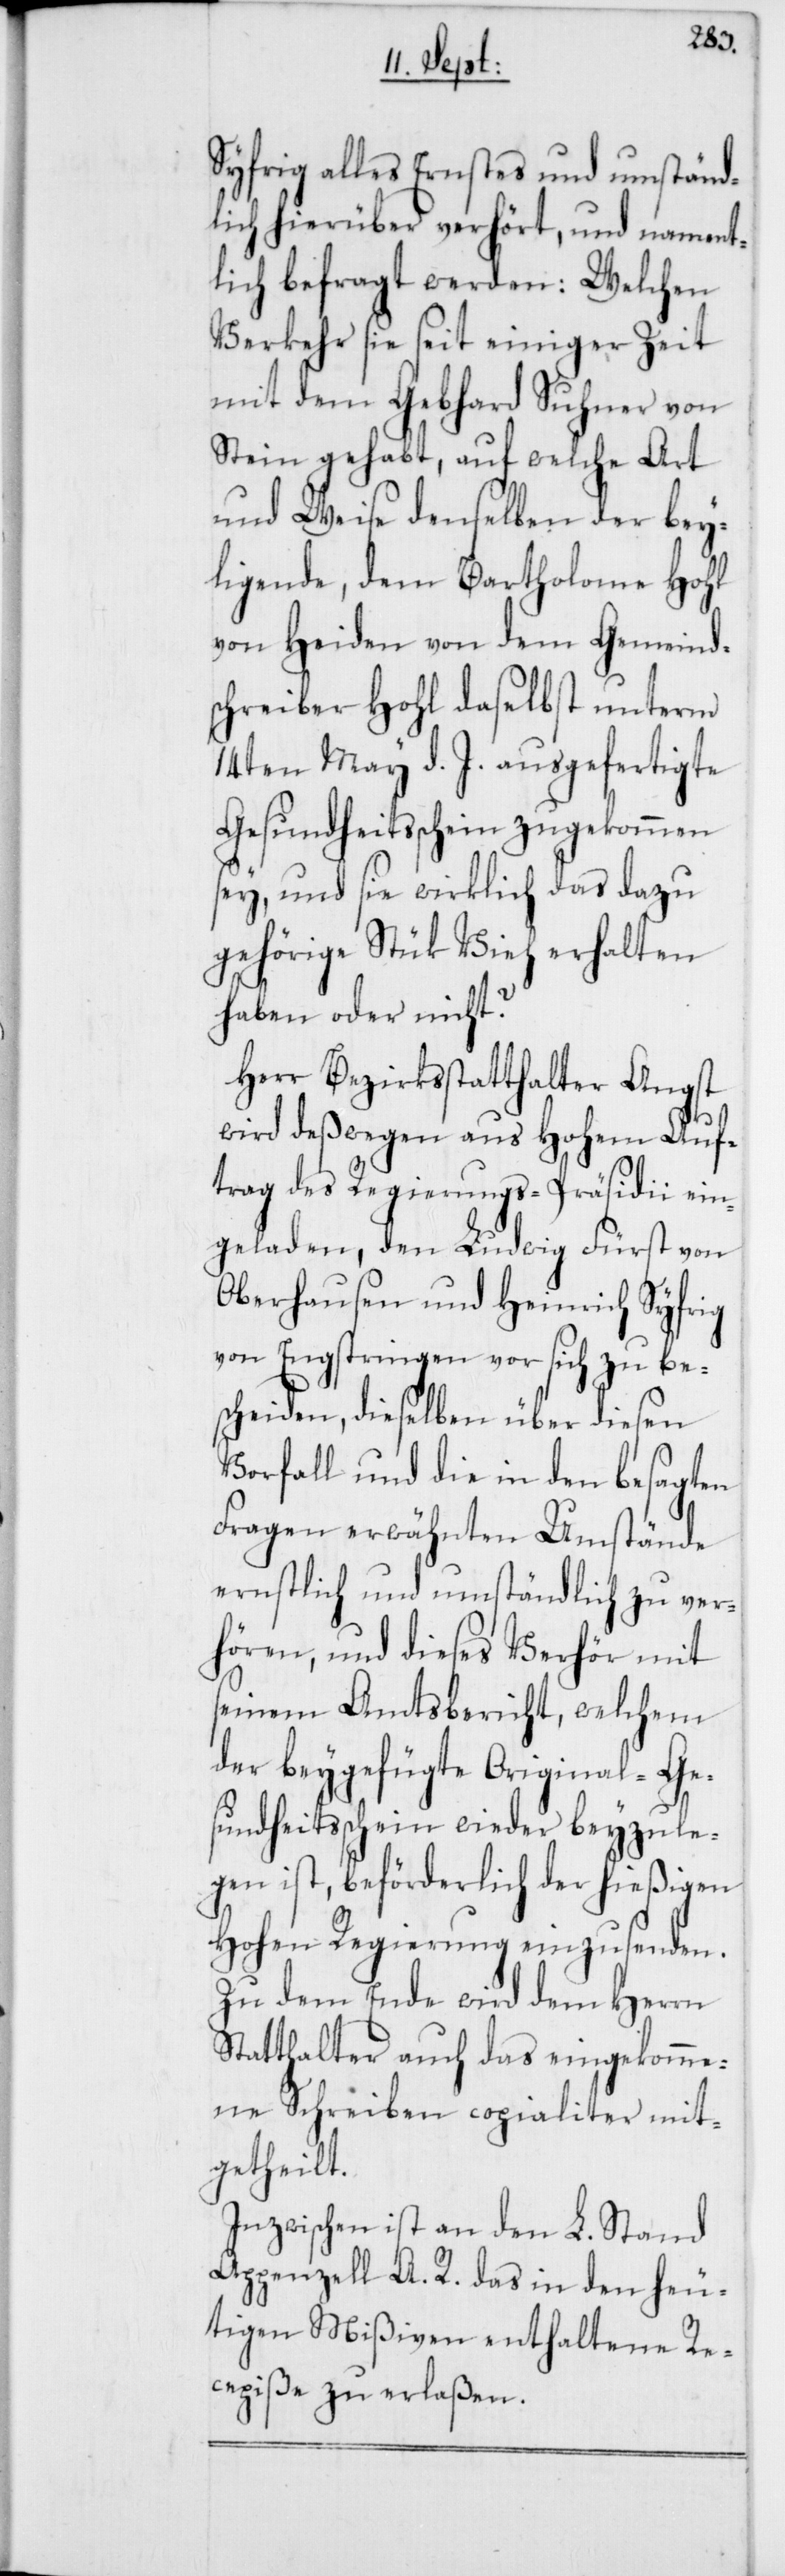
Syfrig alles Ernstes und umständ¬
lich hierüber verhört, und nament¬
lich befragt werden: Welchen
Verkehr sie seit einiger Zeit
mit dem Gebhard Suhner von
Stein gehabt, auf welche Art
und Weise denselben der bey¬
ligende, dem Bartholome Hohl
von Heiden von dem Gemeind¬
schreiber Hohl daselbst unterm
14ten May d. J. ausgefertigte
Gesundheitsschein zugekommen
sey, und sie wirklich das dazu
gehörige Stük Vieh erhalten
haben oder nicht?
Herr Bezirksstatthalter Angst
wird deßwegen aus Hohem Auf¬
trag des Regierungs-Präsidii ein¬
geladen, den Ludwig Fürst von
Oberhausen und Heinrich Syfrig
von Engstringen vor sich zu be¬
scheiden, dieselben über diesen
Vorfall und die in den besagten
Fragen erwähnten Umstände
ernstlich und umständlich zu ver¬
hören, und dieses Verhör mit
seinem Amtsbericht, welchem
der beygefügte Original-Ge¬
sundheitsschein wieder beyzule¬
gen ist, beförderlich der hießigen
Hohen Regierung einzusenden.
Zu dem Ende wird dem Herrn
Statthalter auch das eingekomme¬
ne Schreiben copialiter mit¬
getheilt.
Inzwischen ist an den L. Stand
Appenzell A. R. das in den heu¬
tigen Mißiven enthaltene Re¬
cepiße zu erlaßen.